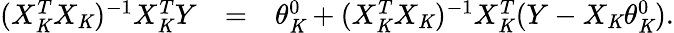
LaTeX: \begin{array}{rlr}{(X_{\mathit{K}}^{T}X_{\mathit{K}})^{-1}X_{\mathit{K}}^{T}Y}&{=}&{\theta_{\mathit{K}}^{0}+(X_{\mathit{K}}^{T}X_{\mathit{K}})^{-1}X_{\mathit{K}}^{T}(Y-X_{\mathit{K}}\theta_{\mathit{K}}^{0}).}\end{array}